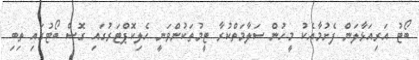
ބޯޓު އަރިއަޅާލަން ފެށުމާއެކު މީހުން ސަލާމަތްކުރާ ޓީމުތަކުންވަނީ ހެލިކޮޕްޓަރުގައި ގޮސް ބޯޓުގައި ތިބި